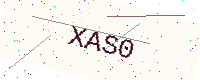
Text: XAS0